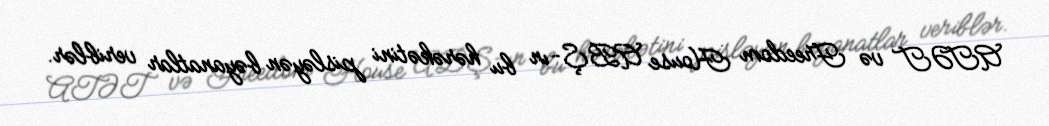
ATƏT və Freedom House ABŞ-ın bu hərəkətini pisləyən bəyanatlar veriblər.